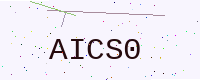
Text: AICS0